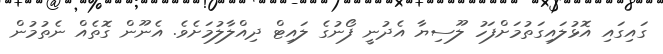
ގައިގައި އޮޅުލައިގަތުމަށްފަހު ލޫސިޔާ އެދުނީ ފޯނުގެ ލައިޓް ދިއްލާލުމަށެވެ. އެނޫން ގޮތެއް ނެތުމުން